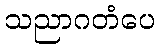
သညာဂတံပေ